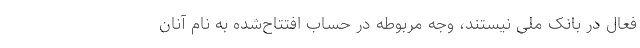
فعال در بانک ملی نیستند، وجه مربوطه در حساب افتتاح‌شده به نام آنان